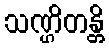
သဏ္ဌိတန္တိ